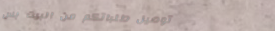
توصيل طلباتكم من البيت بس